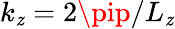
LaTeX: k_{\mathit{z}}=2\pip/L_{\mathit{z}}